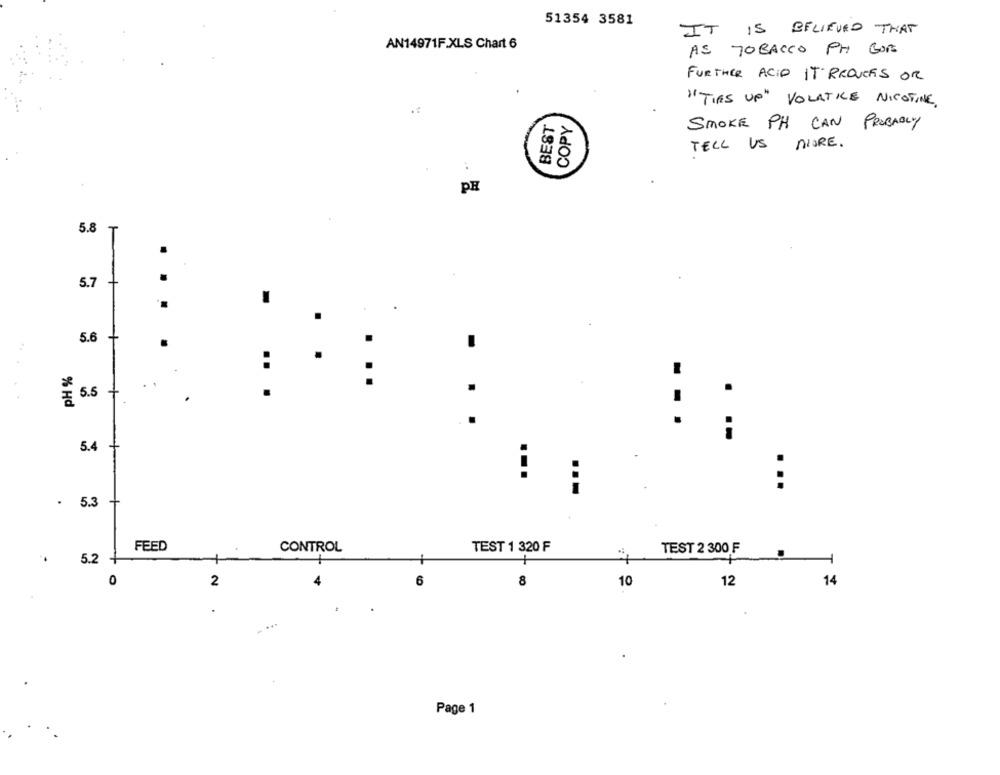
51354 3581
IT IS BELIEVED THAT
AN14971F.XLS Chart 6
AS TOBACCO PH GOT
FURTHER ACID IT REDUCES OR
"TIES UP" VOLATILE NICOTINE
BEST
COPY
SMOKE PH CAN PROBABLY
TELL US MORE.
PH
5.8
T
.
5.7
5.6
..
.
5.5
.
% Hd
5.4 +
...
...
.
5.3
FEED
CONTROL
TEST 1 320 F
TEST 2 300 F
5.2
0
6
8
10
14
2
12
.
Page 1